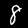
Digit: 8